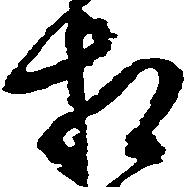
相